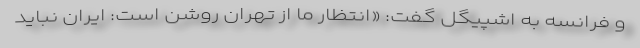
و فرانسه به اشپیگل گفت: «انتظار ما از تهران روشن است: ایران نباید